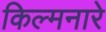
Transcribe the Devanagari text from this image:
किल्मनारे